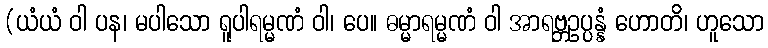
(ယံယံ ဝါ ပန၊ မပါသော ရူပါရမ္မဏံ ဝါ၊ ပေ။ ဓမ္မာရမ္မဏံ ဝါ အာရဗ္ဘဥပ္ပန္နံ ဟောတိ၊ ဟူသော